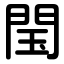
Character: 閠